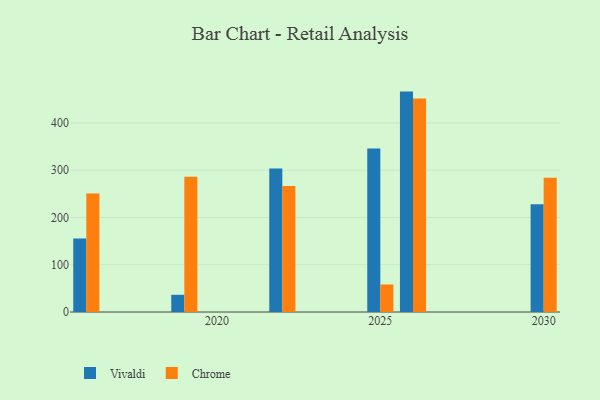
{"axis": {"x": "Year", "y": "Temperature (°C)"}, "legend": ["Chrome", "Vivaldi"], "data": [{"x": "2019", "y": 36.4, "type": "Vivaldi"}, {"x": "2019", "y": 286.4, "type": "Chrome"}, {"x": "2030", "y": 228.0, "type": "Vivaldi"}, {"x": "2030", "y": 284.0, "type": "Chrome"}, {"x": "2025", "y": 346.0, "type": "Vivaldi"}, {"x": "2025", "y": 58.2, "type": "Chrome"}, {"x": "2026", "y": 466.4, "type": "Vivaldi"}, {"x": "2026", "y": 451.6, "type": "Chrome"}, {"x": "2022", "y": 303.8, "type": "Vivaldi"}, {"x": "2022", "y": 266.5, "type": "Chrome"}, {"x": "2016", "y": 155.7, "type": "Vivaldi"}, {"x": "2016", "y": 251.0, "type": "Chrome"}]}